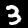
Digit: 3